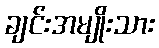
ချင်းအမျိုးသား